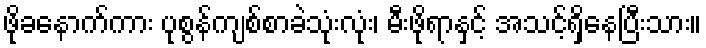
ဖိုခနောက်ကား ပုစွန်ကျစ်စာခဲသုံးလုံး၊ မီးဖိုရာနှင့် အသင့်ရှိနေပြီးသား။